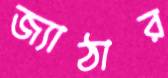
জ্যাঠার